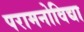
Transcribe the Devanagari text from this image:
परामनोविद्या